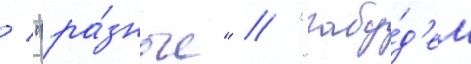
/ "ра́зные" / "забу́д'ем